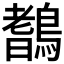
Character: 𪄖